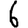
Digit: 6